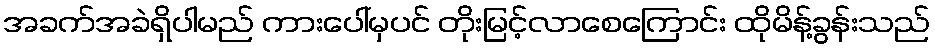
အခက်အခဲရှိပါမည် ကားပေါ်မှပင် တိုးမြင့်လာစေကြောင်း ထိုမိန့်ခွန်းသည်